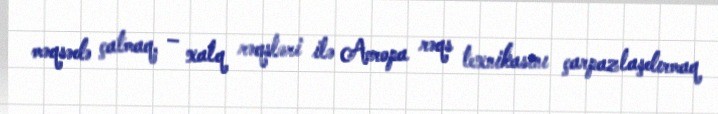
məqsədə çatmaq, – xalq rəqsləri ilə Avropa rəqs texnikasını çarpazlaşdırmaq